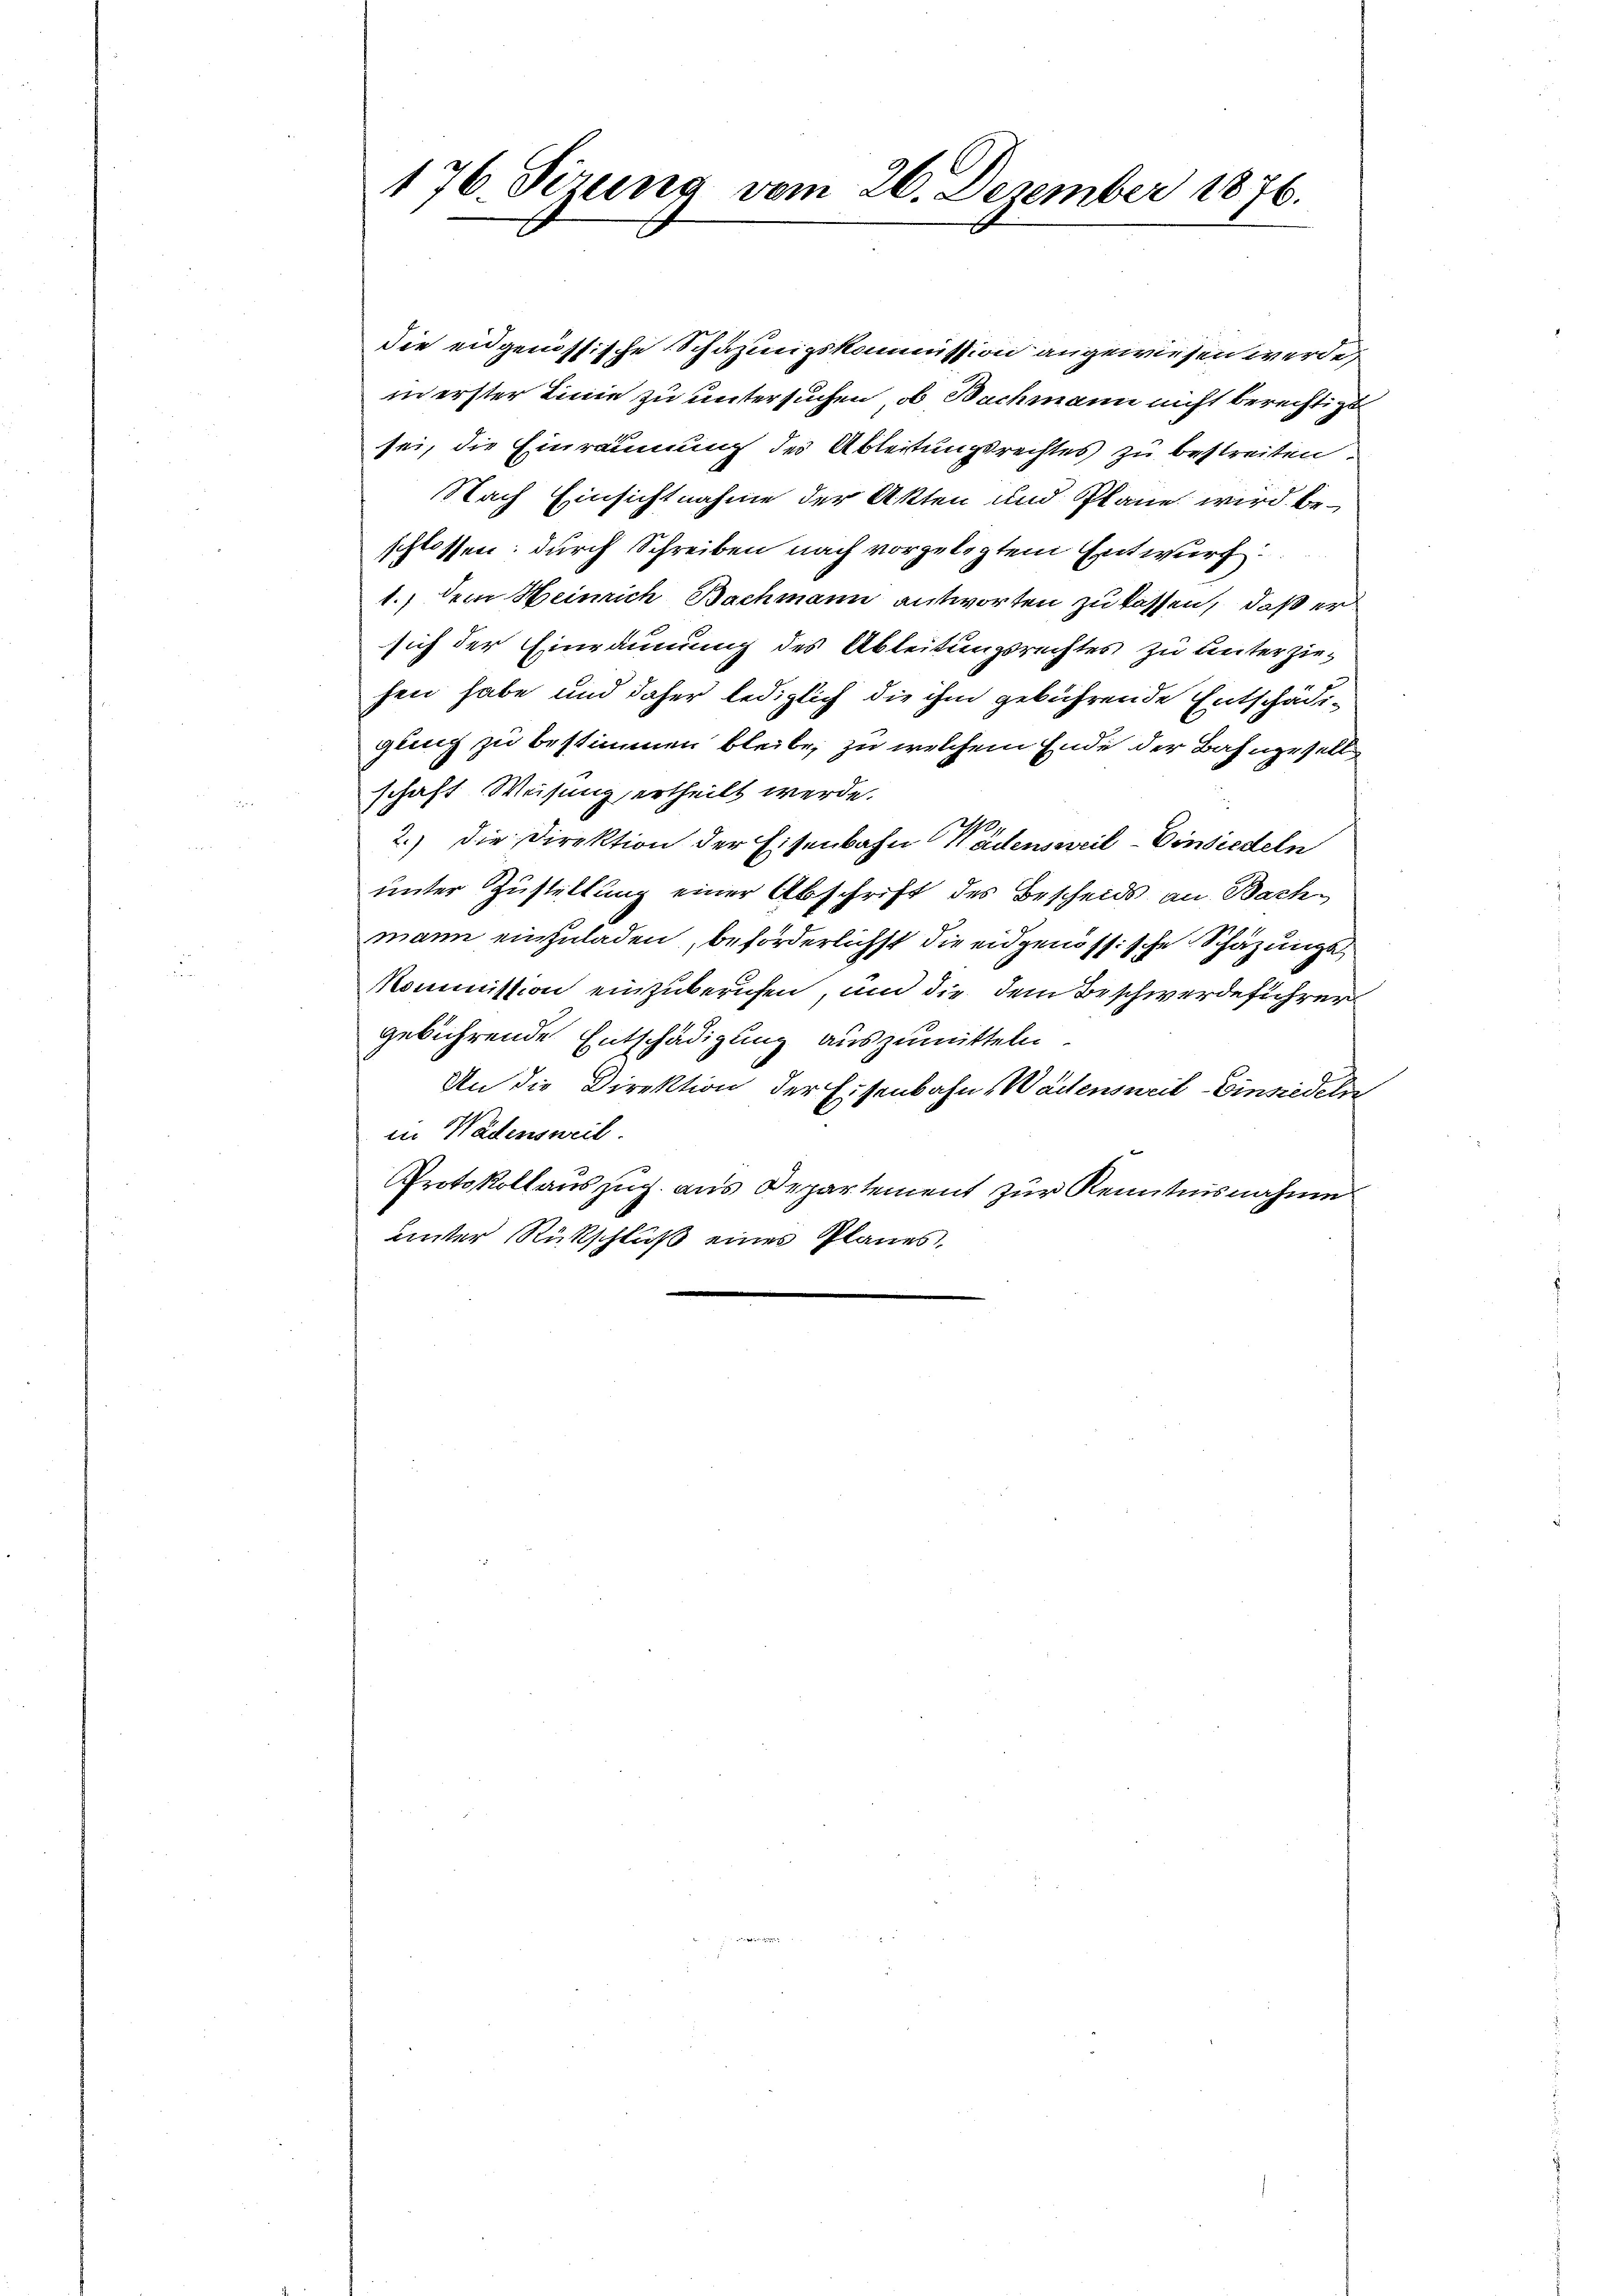
176. Sizung vom 26. Dezember 1876.

die eidgenössische Schazungskommission angewiesen werde,
in erster Linie zu untersuchen, ob Bachmann nicht berechtigt
sei, die Einräumung des Ableitungsrechtes zu bestreiten.
Nach Einsichtnahme der Akten und Pläne wird. Beschlossen: durch Schreiben nach vorgelegtem Entwurf
1.) Dem Heinrich Bachmann antworten zu lassen, daß er
sich der Einräumung des Ableitungsrechtes zu unterziehen habe und daher lediglich die ihm gebührende Entschädigung zu bestimmen bleibe, zu welchem Ende der Bahngeselle
schaft Weisung ertheilt werde.
2.) Die Direktion der Eisenbahn Wädensweil–Einsiedeln
unter Zustellung einer Abschrift des Bescheids an Bachmann einzuladen, beförderlichst die eidgenössische Schazungs¬
Kommission einzuberufen, um die dem Beschwerdeführer
gebührende Entschädigung auszumitteln.
An die Direktion der Eisenbahn Wädensweil Einsiedeln
in Wädensweil.
Protokollauszug aus Departement zur Kenntnisnahme
unter Rückschluß eines Planes,